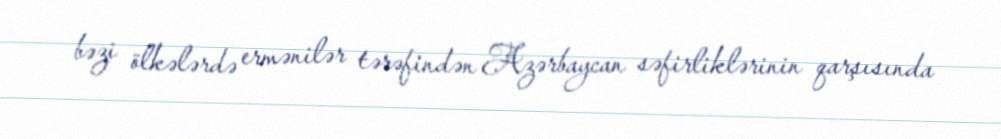
bəzi ölkələrdə ermənilər tərəfindən Azərbaycan səfirliklərinin qarşısında